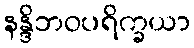
နန္ဒိဘဝပရိက္ခယာ